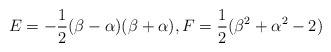
\begin{align*}E=-\frac{1}{2}(\beta-\alpha)(\beta+\alpha), F=\frac{1}{2}(\beta^2+\alpha^2-2)\end{align*}